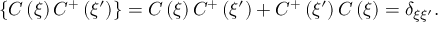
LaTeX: \left\{ C \left( \xi \right) C ^ { + } \left( \xi ^ { \prime } \right) \right\} = C \left( \xi \right) C ^ { + } \left( \xi ^ { \prime } \right) + C ^ { + } \left( \xi ^ { \prime } \right) C \left( \xi \right) = \delta _ { \xi \xi ^ { \prime } } .